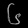
Digit: ၆